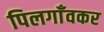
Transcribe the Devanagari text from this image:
पिलगाँवकर